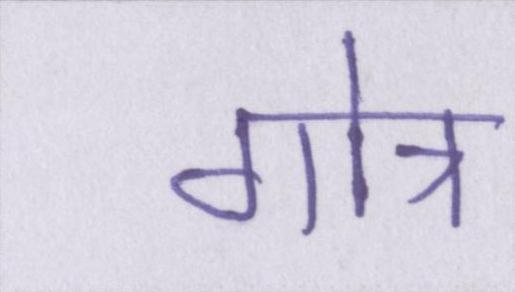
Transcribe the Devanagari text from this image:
गोत्र